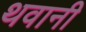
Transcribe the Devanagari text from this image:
थवानी